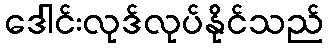
ဒေါင်းလုဒ်လုပ်နိုင်သည်